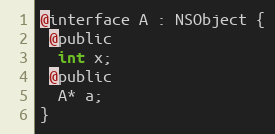
Language: C
@interface A : NSObject {
 @public
  int x;
 @public
  A* a;
}